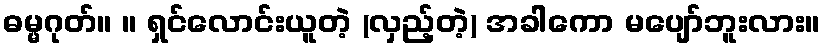
ဓမ္မဂုတ်။ ။ ရှင်လောင်းယူတဲ့ (လှည့်တဲ့) အခါကော မပျော်ဘူးလား။